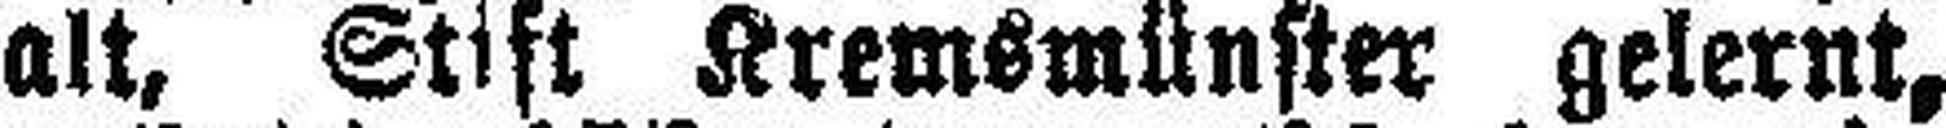
alt, Stift Kremsmünster gelernt,